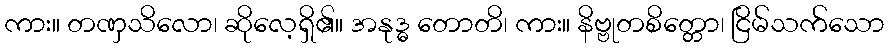
ကား။ တဏှသိလော၊ ဆိုလေ့ရှိ၏။ အနုဒ္ဓ တောတိ၊ ကား။ နိဗ္ဗုတစိတ္တော၊ ငြိမ်သက်သော